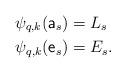
LaTeX: \begin{align*} \psi_{q,k}(\mathsf{a}_s) & = L_s\\ \psi_{q,k}(\mathsf{e}_s) & = E_s. \end{align*}